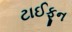
ટાઈફૂન